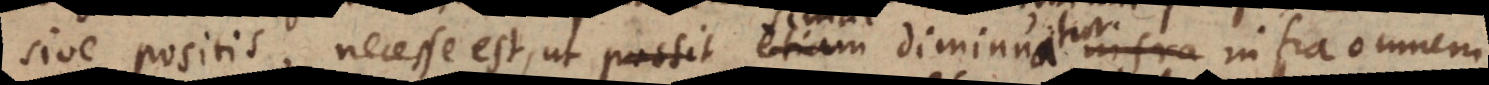
sive positis, necesse est, ut possit etiam diminui simul